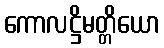
ကောလဋ္ဌိမတ္တိယော